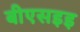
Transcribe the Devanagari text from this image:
बीएसइइ